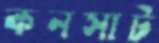
কনসাট